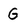
Character: G